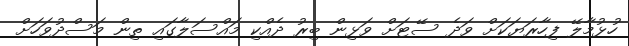
ހުޅުމާލޭ ފިހާރަޔަކަށް ވަދެ ސޭޓަށް ވަޅިން ބިރު ދެއްކި މައްސަލާގައި ތިން މަސްދުވަހަށް